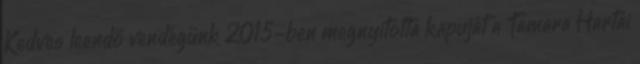
Kedves leendő vendégünk 2015-ben megnyitotta kapuját a Tamara Hartai